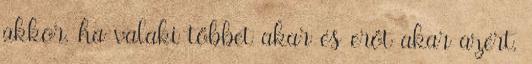
akkor, ha valaki többet akar és erőt akar azért,